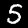
Label: 5